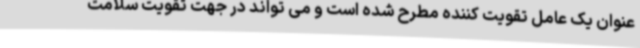
عنوان یک عامل تقویت کننده مطرح شده است و می تواند در جهت تقویت سلامت